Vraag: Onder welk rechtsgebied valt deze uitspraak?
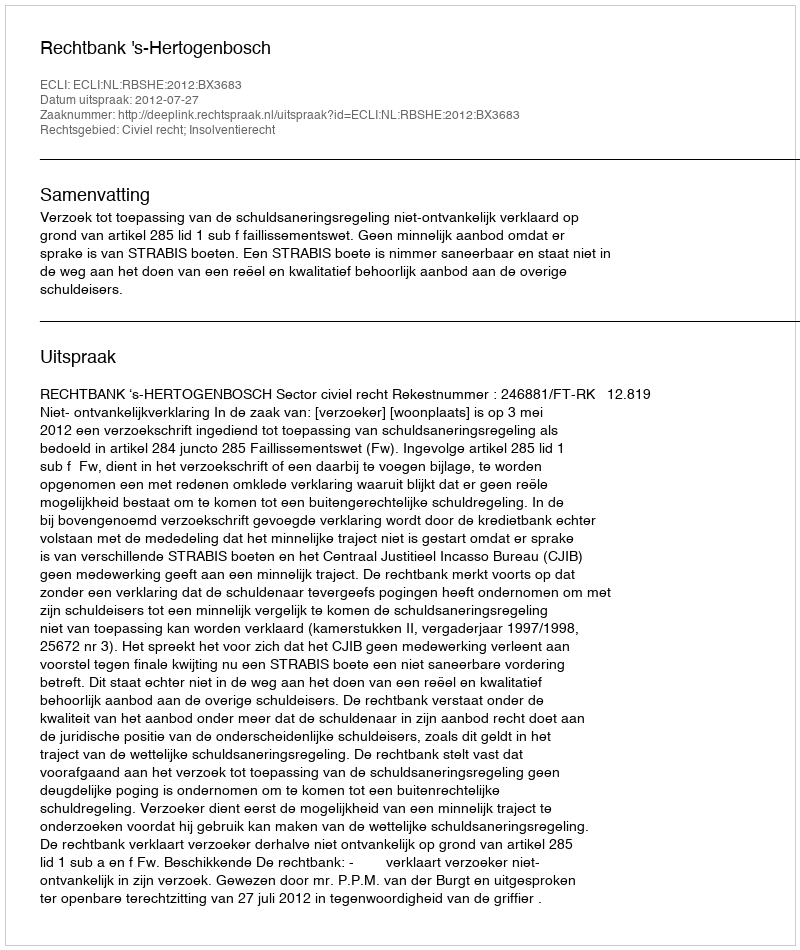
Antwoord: Civiel recht; Insolventierecht